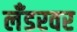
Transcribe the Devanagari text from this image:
लँडरवर